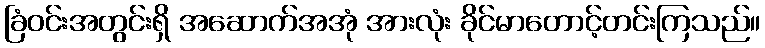
ခြံဝင်းအတွင်းရှိ အဆောက်အအုံ အားလုံး ခိုင်မာတောင့်တင်းကြသည်။